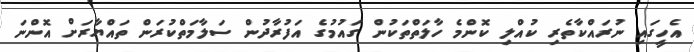
އެހީގައި ނުރައްކާތެރި ކުއްލި ކޮންމެ ހާލަތްތަކުން ގައުމުގެ އަފުރާދުން ސަލާމަތްކުރަން ތައްޔާރަށް އޮންނަ